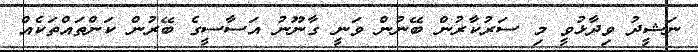
ނަޝީދު ވިދާޅުވީ މި ސަރުކާރުން ބޭނުން ވަނީ ގާނޫނު އަސާސީގެ ބޭރުން ކަންތައްތަކެއް